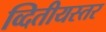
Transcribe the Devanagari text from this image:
व्दितीयस्तर